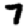
Digit: 7